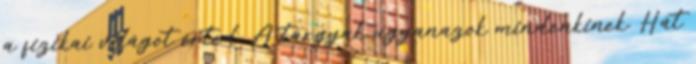
a fizikai világot érted. A tárgyak ugyanazok mindenkinek. Hát